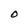
Character: O